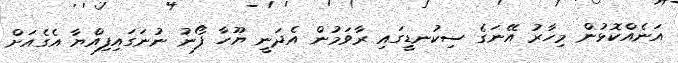
އަނެއްކޮޅުން މިހާރު އޭނަގެ ސިކުނޑީގައި ރާވަމުން އެދަނީ ޔޫހާ ފޯނު ނުނަގައިފިއްޔާ އެގެއަށް